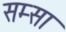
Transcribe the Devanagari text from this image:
सम्सा